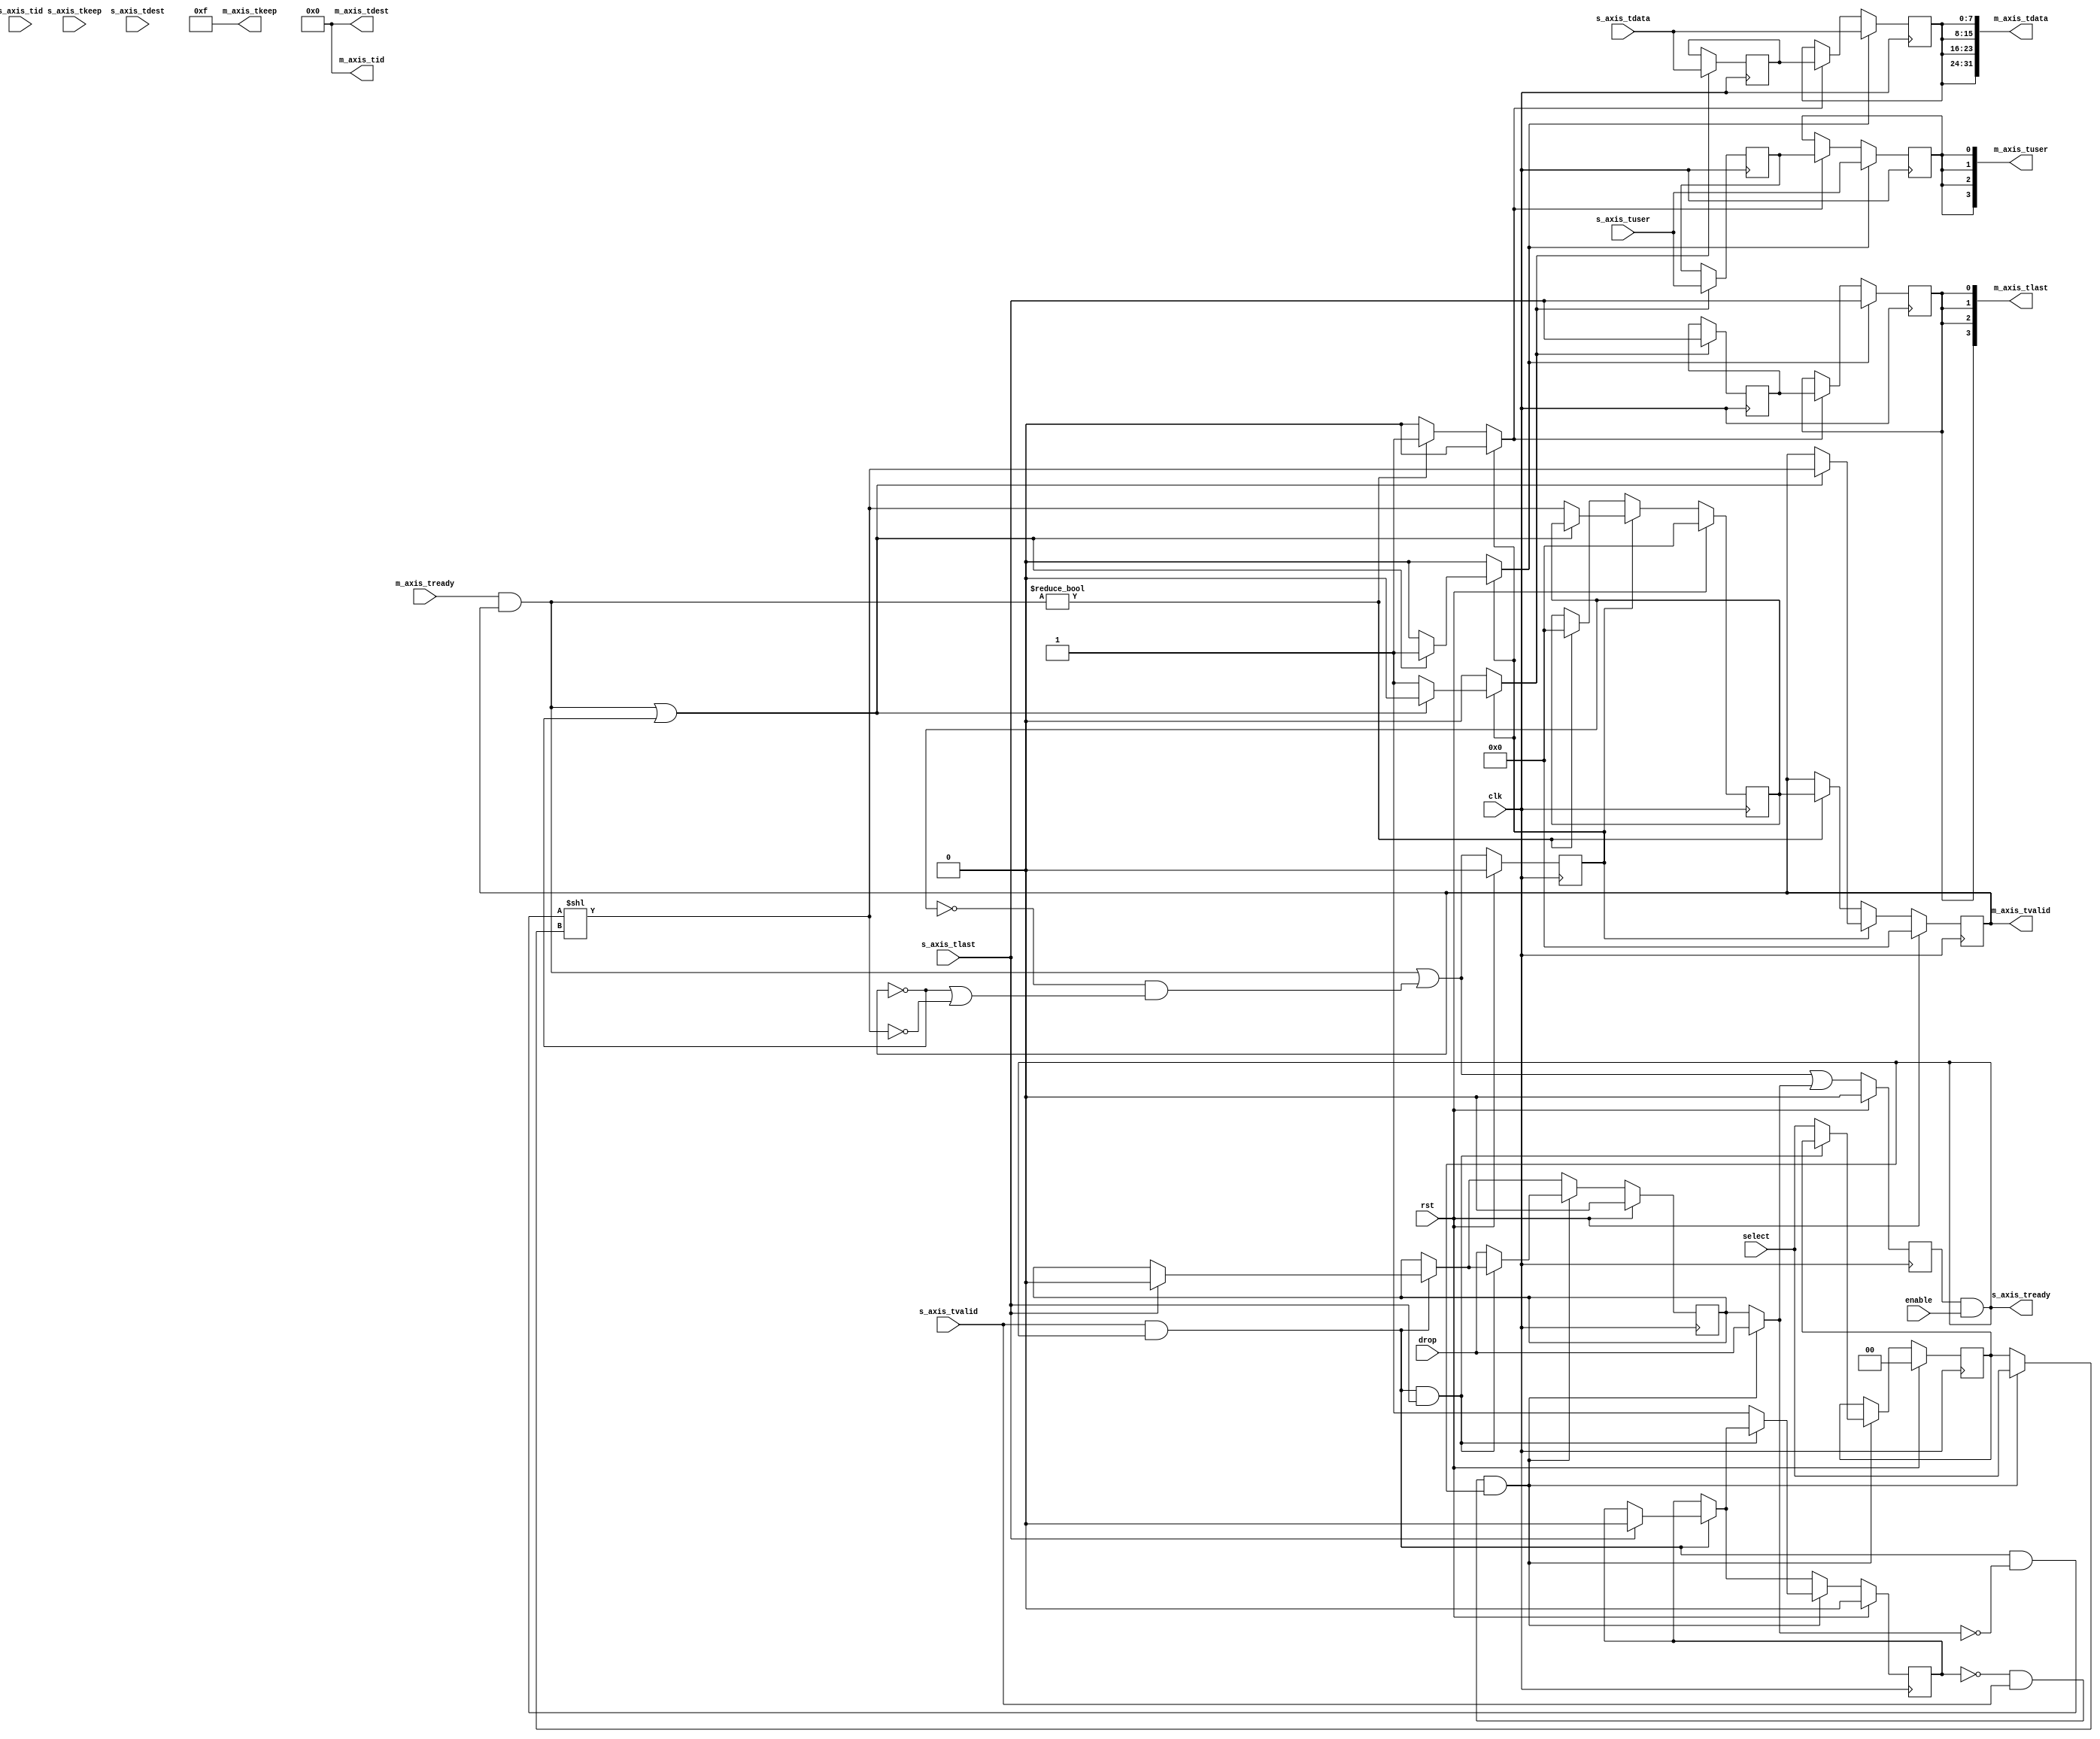
/*

Copyright (c) 2018 Alex Forencich

Permission is hereby granted, free of charge, to any person obtaining a copy
of this software and associated documentation files (the "Software"), to deal
in the Software without restriction, including without limitation the rights
to use, copy, modify, merge, publish, distribute, sublicense, and/or sell
copies of the Software, and to permit persons to whom the Software is
furnished to do so, subject to the following conditions:

The above copyright notice and this permission notice shall be included in
all copies or substantial portions of the Software.

THE SOFTWARE IS PROVIDED "AS IS", WITHOUT WARRANTY OF ANY KIND, EXPRESS OR
IMPLIED, INCLUDING BUT NOT LIMITED TO THE WARRANTIES OF MERCHANTABILITY
FITNESS FOR A PARTICULAR PURPOSE AND NONINFRINGEMENT. IN NO EVENT SHALL THE
AUTHORS OR COPYRIGHT HOLDERS BE LIABLE FOR ANY CLAIM, DAMAGES OR OTHER
LIABILITY, WHETHER IN AN ACTION OF CONTRACT, TORT OR OTHERWISE, ARISING FROM,
OUT OF OR IN CONNECTION WITH THE SOFTWARE OR THE USE OR OTHER DEALINGS IN
THE SOFTWARE.

*/

// Language: Verilog 2001

`timescale 1ns / 1ps

/*
 * AXI4-Stream demultiplexer
 */
module axis_demux #
(
    // Number of AXI stream outputs
    parameter M_COUNT = 4,
    // Width of AXI stream interfaces in bits
    parameter DATA_WIDTH = 8,
    // Propagate tkeep signal
    parameter KEEP_ENABLE = (DATA_WIDTH>8),
    // tkeep signal width (words per cycle)
    parameter KEEP_WIDTH = (DATA_WIDTH/8),
    // Propagate tid signal
    parameter ID_ENABLE = 0,
    // tid signal width
    parameter ID_WIDTH = 8,
    // Propagate tdest signal
    parameter DEST_ENABLE = 0,
    // tdest signal width
    parameter DEST_WIDTH = 8,
    // Propagate tuser signal
    parameter USER_ENABLE = 1,
    // tuser signal width
    parameter USER_WIDTH = 1
)
(
    input  wire                          clk,
    input  wire                          rst,

    /*
     * AXI input
     */
    input  wire [DATA_WIDTH-1:0]         s_axis_tdata,
    input  wire [KEEP_WIDTH-1:0]         s_axis_tkeep,
    input  wire                          s_axis_tvalid,
    output wire                          s_axis_tready,
    input  wire                          s_axis_tlast,
    input  wire [ID_WIDTH-1:0]           s_axis_tid,
    input  wire [DEST_WIDTH-1:0]         s_axis_tdest,
    input  wire [USER_WIDTH-1:0]         s_axis_tuser,

    /*
     * AXI outputs
     */
    output wire [M_COUNT*DATA_WIDTH-1:0] m_axis_tdata,
    output wire [M_COUNT*KEEP_WIDTH-1:0] m_axis_tkeep,
    output wire [M_COUNT-1:0]            m_axis_tvalid,
    input  wire [M_COUNT-1:0]            m_axis_tready,
    output wire [M_COUNT-1:0]            m_axis_tlast,
    output wire [M_COUNT*ID_WIDTH-1:0]   m_axis_tid,
    output wire [M_COUNT*DEST_WIDTH-1:0] m_axis_tdest,
    output wire [M_COUNT*USER_WIDTH-1:0] m_axis_tuser,

    /*
     * Control
     */
    input  wire                          enable,
    input  wire                          drop,
    input  wire [$clog2(M_COUNT)-1:0]    select
);

parameter CL_M_COUNT = $clog2(M_COUNT);

reg [CL_M_COUNT-1:0] select_reg = {CL_M_COUNT{1'b0}}, select_ctl, select_next;
reg drop_reg = 1'b0, drop_ctl, drop_next;
reg frame_reg = 1'b0, frame_ctl, frame_next;

reg s_axis_tready_reg = 1'b0, s_axis_tready_next;

// internal datapath
reg  [DATA_WIDTH-1:0] m_axis_tdata_int;
reg  [KEEP_WIDTH-1:0] m_axis_tkeep_int;
reg  [M_COUNT-1:0]    m_axis_tvalid_int;
reg                   m_axis_tready_int_reg = 1'b0;
reg                   m_axis_tlast_int;
reg  [ID_WIDTH-1:0]   m_axis_tid_int;
reg  [DEST_WIDTH-1:0] m_axis_tdest_int;
reg  [USER_WIDTH-1:0] m_axis_tuser_int;
wire                  m_axis_tready_int_early;

assign s_axis_tready = s_axis_tready_reg && enable;

always @* begin
    select_next = select_reg;
    select_ctl = select_reg;
    drop_next = drop_reg;
    drop_ctl = drop_reg;
    frame_next = frame_reg;
    frame_ctl = frame_reg;

    s_axis_tready_next = 1'b0;

    if (s_axis_tvalid && s_axis_tready) begin
        // end of frame detection
        if (s_axis_tlast) begin
            frame_next = 1'b0;
            drop_next = 1'b0;
        end
    end

    if (!frame_reg && s_axis_tvalid && s_axis_tready) begin
        // start of frame, grab select value
        select_ctl = select;
        drop_ctl = drop;
        frame_ctl = 1'b1;
        if (!(s_axis_tready && s_axis_tvalid && s_axis_tlast)) begin
            select_next = select_ctl;
            drop_next = drop_ctl;
            frame_next = 1'b1;
        end
    end

    s_axis_tready_next = (m_axis_tready_int_early || drop_ctl);

    m_axis_tdata_int  = s_axis_tdata;
    m_axis_tkeep_int  = s_axis_tkeep;
    m_axis_tvalid_int = (s_axis_tvalid && s_axis_tready && !drop_ctl) << select_ctl;
    m_axis_tlast_int  = s_axis_tlast;
    m_axis_tid_int    = s_axis_tid;
    m_axis_tdest_int  = s_axis_tdest;
    m_axis_tuser_int  = s_axis_tuser; 
end

always @(posedge clk) begin
    if (rst) begin
        select_reg <= 2'd0;
        drop_reg <= 1'b0;
        frame_reg <= 1'b0;
        s_axis_tready_reg <= 1'b0;
    end else begin
        select_reg <= select_next;
        drop_reg <= drop_next;
        frame_reg <= frame_next;
        s_axis_tready_reg <= s_axis_tready_next;
    end
end

// output datapath logic
reg [DATA_WIDTH-1:0] m_axis_tdata_reg  = {DATA_WIDTH{1'b0}};
reg [KEEP_WIDTH-1:0] m_axis_tkeep_reg  = {KEEP_WIDTH{1'b0}};
reg [M_COUNT-1:0]    m_axis_tvalid_reg = {M_COUNT{1'b0}}, m_axis_tvalid_next;
reg                  m_axis_tlast_reg  = 1'b0;
reg [ID_WIDTH-1:0]   m_axis_tid_reg    = {ID_WIDTH{1'b0}};
reg [DEST_WIDTH-1:0] m_axis_tdest_reg  = {DEST_WIDTH{1'b0}};
reg [USER_WIDTH-1:0] m_axis_tuser_reg  = {USER_WIDTH{1'b0}};

reg [DATA_WIDTH-1:0] temp_m_axis_tdata_reg  = {DATA_WIDTH{1'b0}};
reg [KEEP_WIDTH-1:0] temp_m_axis_tkeep_reg  = {KEEP_WIDTH{1'b0}};
reg [M_COUNT-1:0]    temp_m_axis_tvalid_reg = {M_COUNT{1'b0}}, temp_m_axis_tvalid_next;
reg                  temp_m_axis_tlast_reg  = 1'b0;
reg [ID_WIDTH-1:0]   temp_m_axis_tid_reg    = {ID_WIDTH{1'b0}};
reg [DEST_WIDTH-1:0] temp_m_axis_tdest_reg  = {DEST_WIDTH{1'b0}};
reg [USER_WIDTH-1:0] temp_m_axis_tuser_reg  = {USER_WIDTH{1'b0}};

// datapath control
reg store_axis_int_to_output;
reg store_axis_int_to_temp;
reg store_axis_temp_to_output;

assign m_axis_tdata  = {M_COUNT{m_axis_tdata_reg}};
assign m_axis_tkeep  = KEEP_ENABLE ? {M_COUNT{m_axis_tkeep_reg}} : {M_COUNT*KEEP_WIDTH{1'b1}};
assign m_axis_tvalid = m_axis_tvalid_reg;
assign m_axis_tlast  = {M_COUNT{m_axis_tlast_reg}};
assign m_axis_tid    = ID_ENABLE   ? {M_COUNT{m_axis_tid_reg}}   : {M_COUNT*ID_WIDTH{1'b0}};
assign m_axis_tdest  = DEST_ENABLE ? {M_COUNT{m_axis_tdest_reg}} : {M_COUNT*DEST_WIDTH{1'b0}};
assign m_axis_tuser  = USER_ENABLE ? {M_COUNT{m_axis_tuser_reg}} : {M_COUNT*USER_WIDTH{1'b0}};

// enable ready input next cycle if output is ready or the temp reg will not be filled on the next cycle (output reg empty or no input)
assign m_axis_tready_int_early = (m_axis_tready & m_axis_tvalid) || (!temp_m_axis_tvalid_reg && (!m_axis_tvalid || !m_axis_tvalid_int));

always @* begin
    // transfer sink ready state to source
    m_axis_tvalid_next = m_axis_tvalid_reg;
    temp_m_axis_tvalid_next = temp_m_axis_tvalid_reg;

    store_axis_int_to_output = 1'b0;
    store_axis_int_to_temp = 1'b0;
    store_axis_temp_to_output = 1'b0;

    if (m_axis_tready_int_reg) begin
        // input is ready
        if ((m_axis_tready & m_axis_tvalid) || !m_axis_tvalid) begin
            // output is ready or currently not valid, transfer data to output
            m_axis_tvalid_next = m_axis_tvalid_int;
            store_axis_int_to_output = 1'b1;
        end else begin
            // output is not ready, store input in temp
            temp_m_axis_tvalid_next = m_axis_tvalid_int;
            store_axis_int_to_temp = 1'b1;
        end
    end else if (m_axis_tready & m_axis_tvalid) begin
        // input is not ready, but output is ready
        m_axis_tvalid_next = temp_m_axis_tvalid_reg;
        temp_m_axis_tvalid_next = {M_COUNT{1'b0}};
        store_axis_temp_to_output = 1'b1;
    end
end

always @(posedge clk) begin
    if (rst) begin
        m_axis_tvalid_reg <= {M_COUNT{1'b0}};
        m_axis_tready_int_reg <= 1'b0;
        temp_m_axis_tvalid_reg <= {M_COUNT{1'b0}};
    end else begin
        m_axis_tvalid_reg <= m_axis_tvalid_next;
        m_axis_tready_int_reg <= m_axis_tready_int_early;
        temp_m_axis_tvalid_reg <= temp_m_axis_tvalid_next;
    end

    // datapath
    if (store_axis_int_to_output) begin
        m_axis_tdata_reg <= m_axis_tdata_int;
        m_axis_tkeep_reg <= m_axis_tkeep_int;
        m_axis_tlast_reg <= m_axis_tlast_int;
        m_axis_tid_reg   <= m_axis_tid_int;
        m_axis_tdest_reg <= m_axis_tdest_int;
        m_axis_tuser_reg <= m_axis_tuser_int;
    end else if (store_axis_temp_to_output) begin
        m_axis_tdata_reg <= temp_m_axis_tdata_reg;
        m_axis_tkeep_reg <= temp_m_axis_tkeep_reg;
        m_axis_tlast_reg <= temp_m_axis_tlast_reg;
        m_axis_tid_reg   <= temp_m_axis_tid_reg;
        m_axis_tdest_reg <= temp_m_axis_tdest_reg;
        m_axis_tuser_reg <= temp_m_axis_tuser_reg;
    end

    if (store_axis_int_to_temp) begin
        temp_m_axis_tdata_reg <= m_axis_tdata_int;
        temp_m_axis_tkeep_reg <= m_axis_tkeep_int;
        temp_m_axis_tlast_reg <= m_axis_tlast_int;
        temp_m_axis_tid_reg   <= m_axis_tid_int;
        temp_m_axis_tdest_reg <= m_axis_tdest_int;
        temp_m_axis_tuser_reg <= m_axis_tuser_int;
    end
end

endmodule